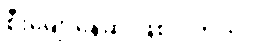
စီးမျောနေဆဲ ဖြစ်ပါတယ်။